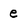
Character: e